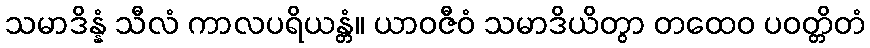
သမာဒိန္နံ သီလံ ကာလပရိယန္တံ။ ယာဝဇီဝံ သမာဒိယိတွာ တထေဝ ပဝတ္တိတံ